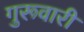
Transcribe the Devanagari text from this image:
गुरूवारी